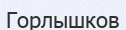
Горлышков